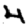
Digit: 4